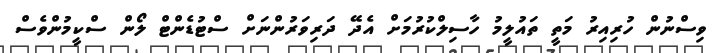
ވިސްނުން ހުރިއިރު މަތީ ތައުލީމު ހާސިލްކުރުމަށް އެދޭ ދަރިވަރުންނަށް ސްޓުޑެންޓް ލޯން ސްކީމުންވެސް